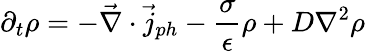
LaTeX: \partial_{t}\rho=-\vec{\nabla}\cdot\vec{j}_{ph}-\frac{\sigma}{\epsilon}\rho+D\nabla^{2}\rho